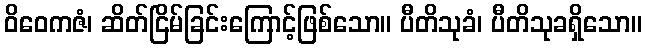
ဝိဝေကဇံ၊ ဆိတ်ငြိမ်ခြင်းကြောင့်ဖြစ်သော။ ပီတိသုခံ၊ ပီတိသုခရှိသော။